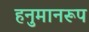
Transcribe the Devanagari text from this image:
हनुमानरूप